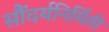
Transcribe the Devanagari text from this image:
सौंदर्यनिर्मिती